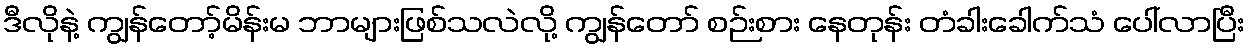
ဒီလိုနဲ့ ကျွန်တော့်မိန်းမ ဘာများဖြစ်သလဲလို့ ကျွန်တော် စဉ်းစား နေတုန်း တံခါးခေါက်သံ ပေါ်လာပြီး